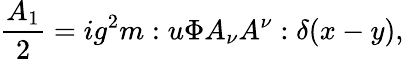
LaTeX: \frac{A_{1}}{2}=ig^{2}m:u\Phi A_{\nu}A^{\nu}:\delta(x-y),